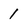
Character: 1